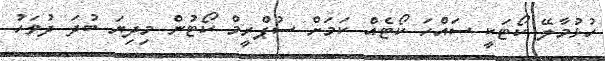
ހުޅުމާލޭ ކޯޓަކީ ސައްހަ ކޯޓެއް ކަމަށް ސުޕްރީމް ކޯޓުން މިދިޔަ ބުދަ ދުވަހު